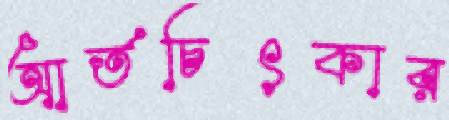
আর্তচিৎকার